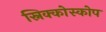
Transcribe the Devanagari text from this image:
स्निक्कोस्कोप